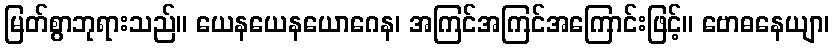
မြတ်စွာဘုရားသည်။ ယေနယေနယောဂေန၊ အကြင်အကြင်အကြောင်းဖြင့်။ ဗောဓနေယျာ၊